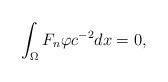
LaTeX: \begin{align*}\int_{\Omega} F_n\varphi c^{-2}dx=0, \end{align*}